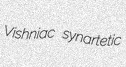
Vishniac synartetic